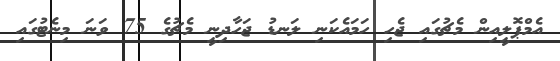
އެމްޕޮލީއިން މެޗުގައި ޖެހި ހަމައެކަނި ލަނޑު ޖަހާދިނީ މެޗުގެ 75 ވަނަ މިނެޓުގައި